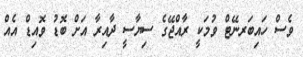
ވެސް ހައިބަރނޭޓް ވުމަކީ ރާއްޖޭގެ ސިޔާސީ ދާއިރާ އަށް ބޮޑު ވޮއިޑް އެއް